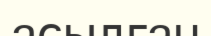
асылған